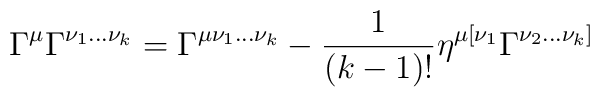
\Gamma^\mu \Gamma^{\nu_1...\nu_k} =  \Gamma^{\mu\nu_1...\nu_k}- {1\over (k-1)!} \eta^{\mu [\nu_1} \Gamma^{\nu_2...\nu_k]}